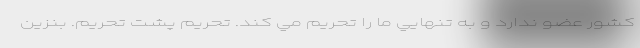
كشور عضو ندارد و به تنهايي ما را تحريم مي كند. تحريم پشت تحريم. بنزين